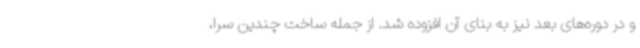
و در دوره‌های بعد نیز به بنای آن افزوده شد. از جمله ساخت چندین سرا،